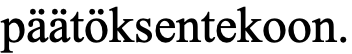
päätöksentekoon.